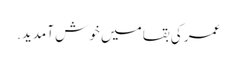
عمر کی بقا میں خوش آمدید.